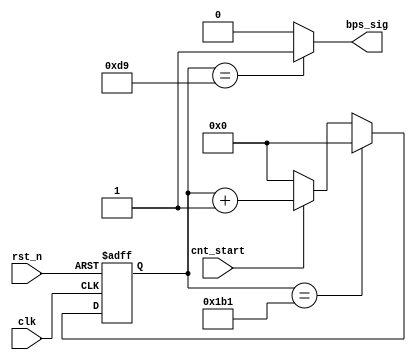
module uart_bps(clk,rst_n,cnt_start,bps_sig
    );
    input clk;
    input rst_n;
    input cnt_start;
    output bps_sig;
    
    reg [12:0]cnt_bps;
    wire bps_sig;
    
    parameter bps_t = 13'd433;//5207
    
    always@(posedge clk or negedge rst_n)
    begin
       if(!rst_n)
       begin
          cnt_bps <= 13'd0;
       end
       else if(cnt_bps == bps_t)
       begin
          cnt_bps <= 13'd0;
       end
       else if(cnt_start)
       begin
          cnt_bps <= cnt_bps + 1'b1;
       end
       else 
       begin
          cnt_bps <= 1'b0;
       end
    end
     
    assign bps_sig = (cnt_bps ==  13'd217) ? 1'b1 : 1'b0;  //
     
endmodule